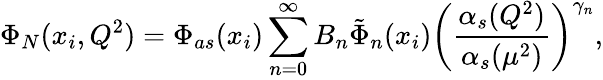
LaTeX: \Phi_{N}(x_{i},Q^{2})=\Phi_{as}(x_{i})\sum_{n=0}^{\infty}B_{n}\tilde{\Phi}_{n}(x_{i})\biggl(\frac{\alpha_{s}(Q^{2})}{\alpha_{s}(\mu^{2})}\biggr)^{\gamma_{n}},